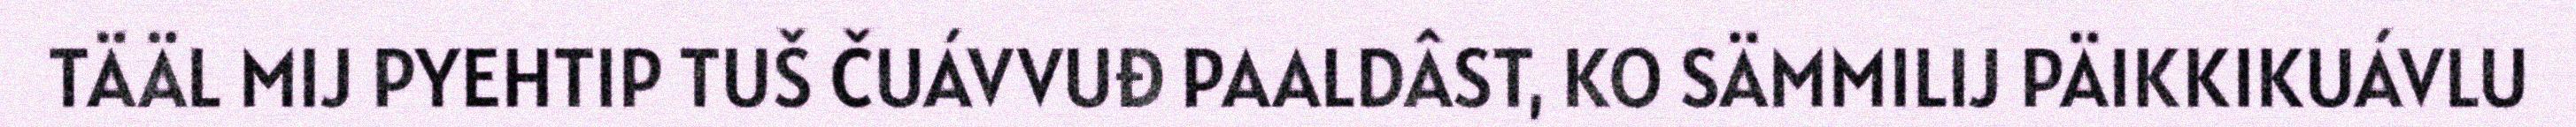
TÄÄL MIJ PYEHTIP TUŠ ČUÁVVUĐ PAALDÂST, KO SÄMMILIJ PÄIKKIKUÁVLU